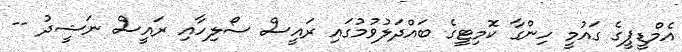
އެމްޑީޕީގެ ގައުމީ ހިންގާ ކޮމިޓީގެ ބައްދަލުވުމުގައި ރައީސް ސޯލިހާއި ރައީސް ނަޝީދު --